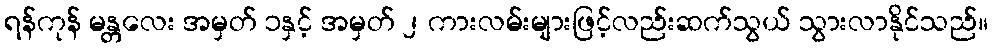
ရန်ကုန် မန္တလေး အမှတ် ၁နှင့် အမှတ် ၂ ကားလမ်းများဖြင့်လည်းဆက်သွယ် သွားလာနိုင်သည်။